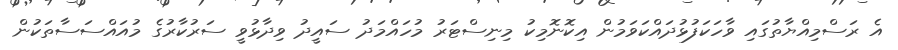
އެ ރަސްމިއްޔާތުގައި ވާހަކަފުޅުދައްކަވަމުން އިކޮނޮމިކު މިނިސްޓަރު މުހައްމަދު ސައީދު ވިދާޅުވީ ސަރުކާރުގެ މުއައްސަސާތަކުން